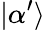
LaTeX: |\alpha^{\prime}\rangle